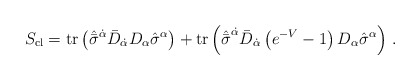
\begin{align*}S_{\rm cl}= {\rm tr} \left( \hat{\bar \sigma}^{\dot \alpha} \bar D_{\dot \alpha} D_\alpha \hat\sigma^\alpha \right) + {\rm tr} \left( {\hat {\bar \sigma}}^{\dot \alpha} \bar D_{\dot \alpha} \left( e^{-V} -1 \right) D_\alpha {\hat\sigma}^\alpha \right)\,.\end{align*}